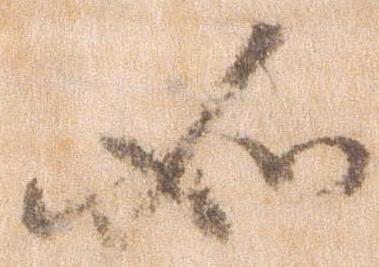
如